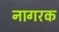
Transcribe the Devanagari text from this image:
नागरक